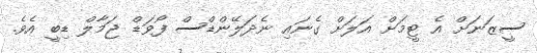
ސީޒަނަށް އެ ޓީމަށް އަލަށް ގެނައި ނެދަލޭންޑްސް ފޯވަޑް ޖަމާލް ޑިބީ އެވެ.